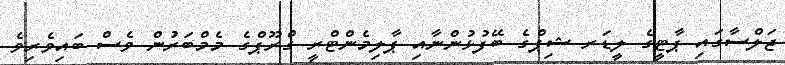
ޖަލްސާގައި ޕާޓީގެ ލީޑަރ ޝިޕްގެ ބޭފުޅުންނާއި ޕާލިމެންޓްރީ ގްރޫޕްގެ މެމްބަރުން ވެސް ބައިވެރިވެ